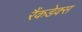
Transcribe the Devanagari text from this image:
रैंकडेक्स